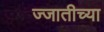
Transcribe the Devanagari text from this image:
ज्जातीच्या